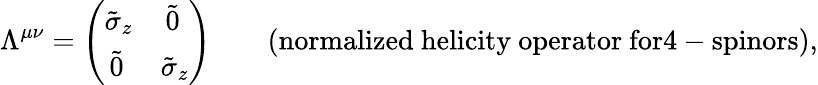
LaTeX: \Lambda^{\mu\nu}=\left(\begin{array}{ll}{{\tilde{\sigma}_{z}}}&{{\, \tilde{0}}}\\ {{\, \tilde{0}}}&{{\tilde{\sigma}_{z}}}\end{array}\right)\qquad\mathrm{(normalized~helicity~operator~for4-spinors),}